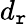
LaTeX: d_{\mathtt{r}}